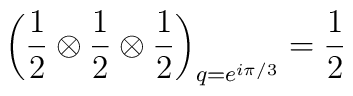
\left( \frac{1}{2} \otimes \frac{1}{2} \otimes\frac{1}{2} \right)_{q = e^{i\pi/3}} = \frac{1}{2}